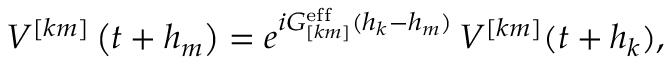
V ^ { [ k m ] } \left( t + h _ { m } \right) = e ^ { i G _ { [ k m ] } ^ { \mathrm { e f f } } ( h _ { k } - h _ { m } ) } \, V ^ { [ k m ] } ( t + h _ { k } ) ,